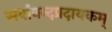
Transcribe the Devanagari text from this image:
सर्वानन्दप्रदायकम्